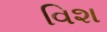
વિશ